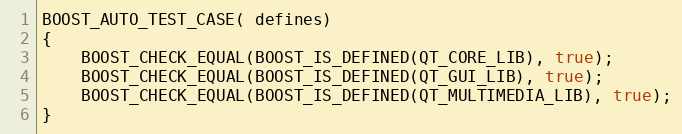
Language: C++
BOOST_AUTO_TEST_CASE( defines)
{
    BOOST_CHECK_EQUAL(BOOST_IS_DEFINED(QT_CORE_LIB), true);
    BOOST_CHECK_EQUAL(BOOST_IS_DEFINED(QT_GUI_LIB), true);
    BOOST_CHECK_EQUAL(BOOST_IS_DEFINED(QT_MULTIMEDIA_LIB), true);
}